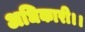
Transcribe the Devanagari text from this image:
अधिकारी।।